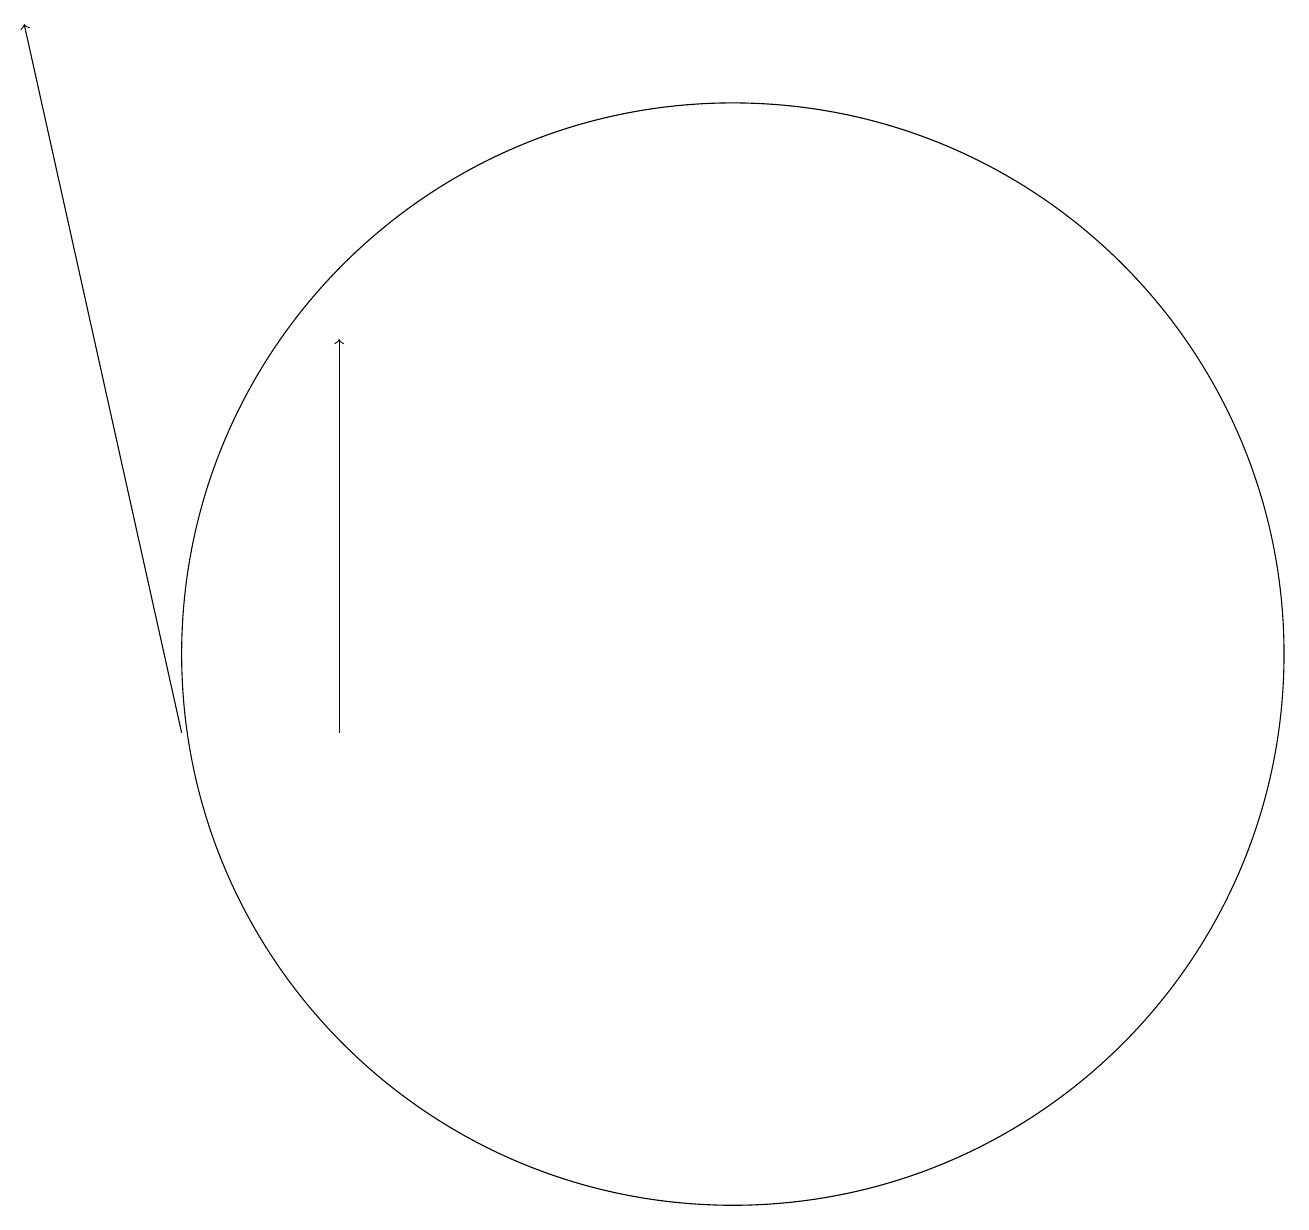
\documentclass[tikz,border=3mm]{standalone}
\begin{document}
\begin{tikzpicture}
\draw[->] (4,10) -- (2,19);
\draw[->] (6,10) -- (6,15);
\draw (11,11) circle (7);
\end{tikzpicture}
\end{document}